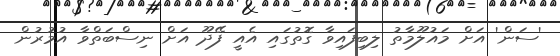
'ސަން' އަށް މައުލޫމާތު ލިބިފައިވާ ގޮތުގައި އެއީ ފޭދޫ އަށް ނިސްބަތްވާ އުމުރުން